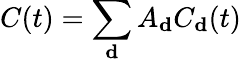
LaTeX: C(t)=\sum_{\mathbf{d}}A_{\mathbf{d}}C_{\mathbf{d}}(t)